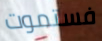
فستموت